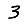
Digit: 3